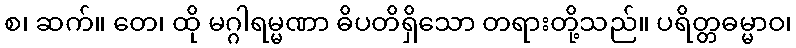
စ၊ ဆက်။ တေ၊ ထို မဂ္ဂါရမ္မဏာ ဓိပတိရှိသော တရားတို့သည်။ ပရိတ္တဓမ္မာဝ၊